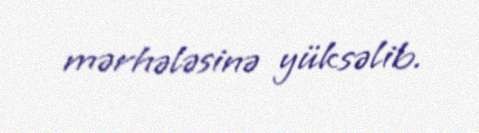
mərhələsinə yüksəlib.